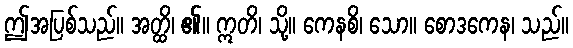
ဤအပြစ်သည်။ အတ္ထိ၊ ၏။ ဣတိ၊ သို့။ ကေနစိ၊ သော။ စောဒကေန၊ သည်။